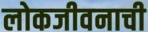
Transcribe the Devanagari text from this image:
लोकजीवनाची